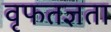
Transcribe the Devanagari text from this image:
वृफतज्ञता